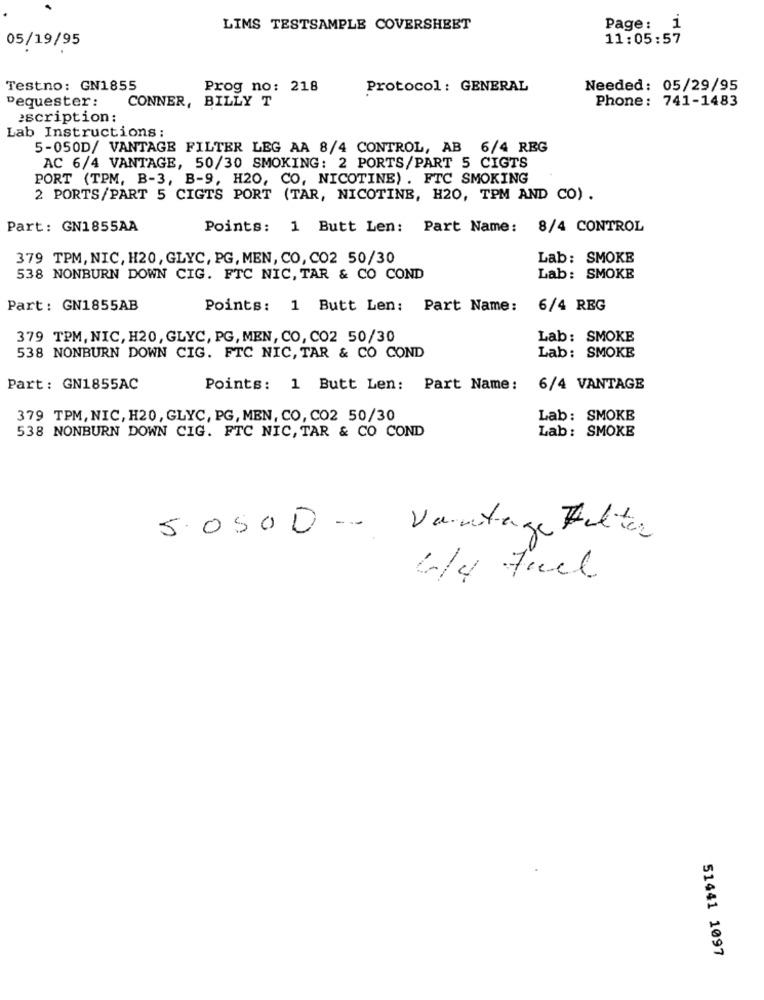
LIMS TESTSAMPLE COVERSHEET
Page: i
11:05:57
05/19/95
Testno: GN1855
Prog no: 218
Protocol : GENERAL
Needed: 05/29/95
Dequester:
CONNER, BILLY T
Phone: 741-1483
escription:
Lab Instructions :
5-050D/ VANTAGE FILTER LEG AA 8/4 CONTROL, AB 6/4 REG
AC 6/4 VANTAGE, 50/30 SMOKING: 2 PORTS/PART 5 CIGTS
PORT (TPM, B-3, B-9, H20, CO, NICOTINE) . FTC SMOKING
2 PORTS/PART 5 CIGTS PORT (TAR, NICOTINE, H20, TPM AND CO) .
Part: GN1855AA
Points:
1 Butt Len: Part Name: 8/4 CONTROL
379 TPM, NIC, H20, GLYC, PG, MEN, CO, CO2 50/30
Lab: SMOKE
538 NONBURN DOWN CIG. FTC NIC, TAR & CO COND
Lab: SMOKE
Part : GN1855AB
Points: 1 Butt Len: Part Name:
6/4 REG
379 TPM, NIC, H20, GLYC, PG, MEN, CO, CO2 50/30
Lab: SMOKE
Lab: SMOKE
538 NONBURN DOWN CIG. FTC NIC, TAR & CO COND
Part: GN1855AC
Points: 1 Butt Len: Part Name:
6/4 VANTAGE
379 TPM, NIC, H20, GLYC, PG, MEN, CO, CO2 50/30
Lab: SMOKE
538 NONBURN DOWN CIG. FTC NIC, TAR & CO COND
Lab: SMOKE
5.0500 -- Vantage Falta
6/4 Fuel
51441 1097